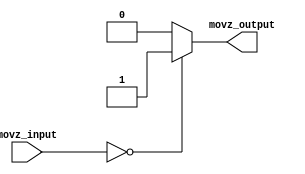
`timescale 1ns / 1ps
//////////////////////////////////////////////////////////////////////////////////
// Company: 
// Engineer: 
// 
// Design Name: 
// Module Name:    noequal_movz 
// Project Name: 
// Target Devices: 
// Tool versions: 
// Description: 
//
// Dependencies: 
//
// Revision: 
// Revision 0.01 - File Created
// Additional Comments: 
//
//////////////////////////////////////////////////////////////////////////////////
module noequal_movz(
    input [31:0] movz_input,
    output movz_output
    );
	 assign movz_output = (movz_input == 0)?1:0; 

endmodule